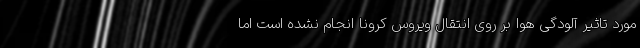
مورد تاثیر آلودگی هوا بر روی انتقال ویروس کرونا انجام نشده است اما